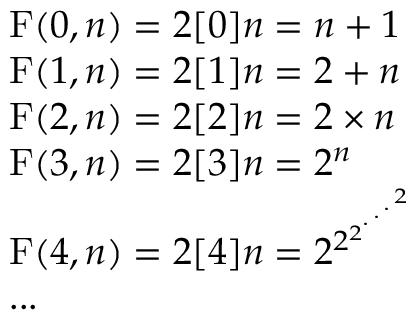
\begin{array} { l r } { \operatorname { F } ( 0 , n ) = 2 [ 0 ] n = n + 1 } \\ { \operatorname { F } ( 1 , n ) = 2 [ 1 ] n = 2 + n } \\ { \operatorname { F } ( 2 , n ) = 2 [ 2 ] n = 2 \times n } \\ { \operatorname { F } ( 3 , n ) = 2 [ 3 ] n = 2 ^ { n } } \\ { \operatorname { F } ( 4 , n ) = 2 [ 4 ] n = 2 ^ { 2 ^ { 2 ^ { { } ^ { . \, ^ { . \, ^ { . \, ^ { 2 } } } } } } } } \\ { . . . } \end{array}